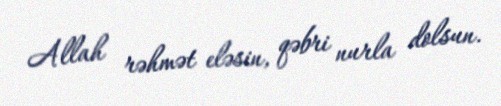
Allah rəhmət eləsin, qəbri nurla dolsun.